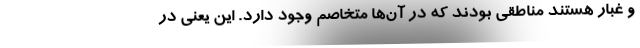
و غبار هستند مناطقی بودند که در آن‌ها متخاصم وجود دارد. این یعنی در